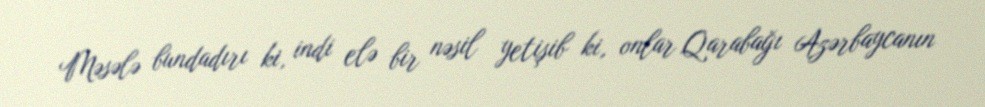
Məsələ bundadırı ki, indi elə bir nəsil yetişib ki, onlar Qarabağı Azərbaycanın